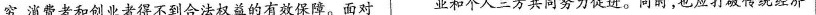
穷，消费者和创业者得不到合法权益的有效保障。面对业和个人三方共同努力促进。同时，也应打破传统经济